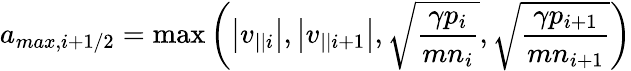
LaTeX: a_{max,i+1/2}=\operatorname*{max}\left(\left|v_{||i}\right|,\left|v_{||i+1}\right|,\sqrt{\frac{\gamma p_{i}}{mn_{i}}},\sqrt{\frac{\gamma p_{i+1}}{mn_{i+1}}}\right)